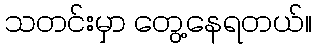
သတင်းမှာ တွေ့နေရတယ်။